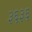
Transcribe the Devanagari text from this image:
३६३६